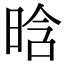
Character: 晗